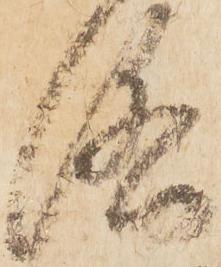
洛